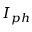
I _ { p h }